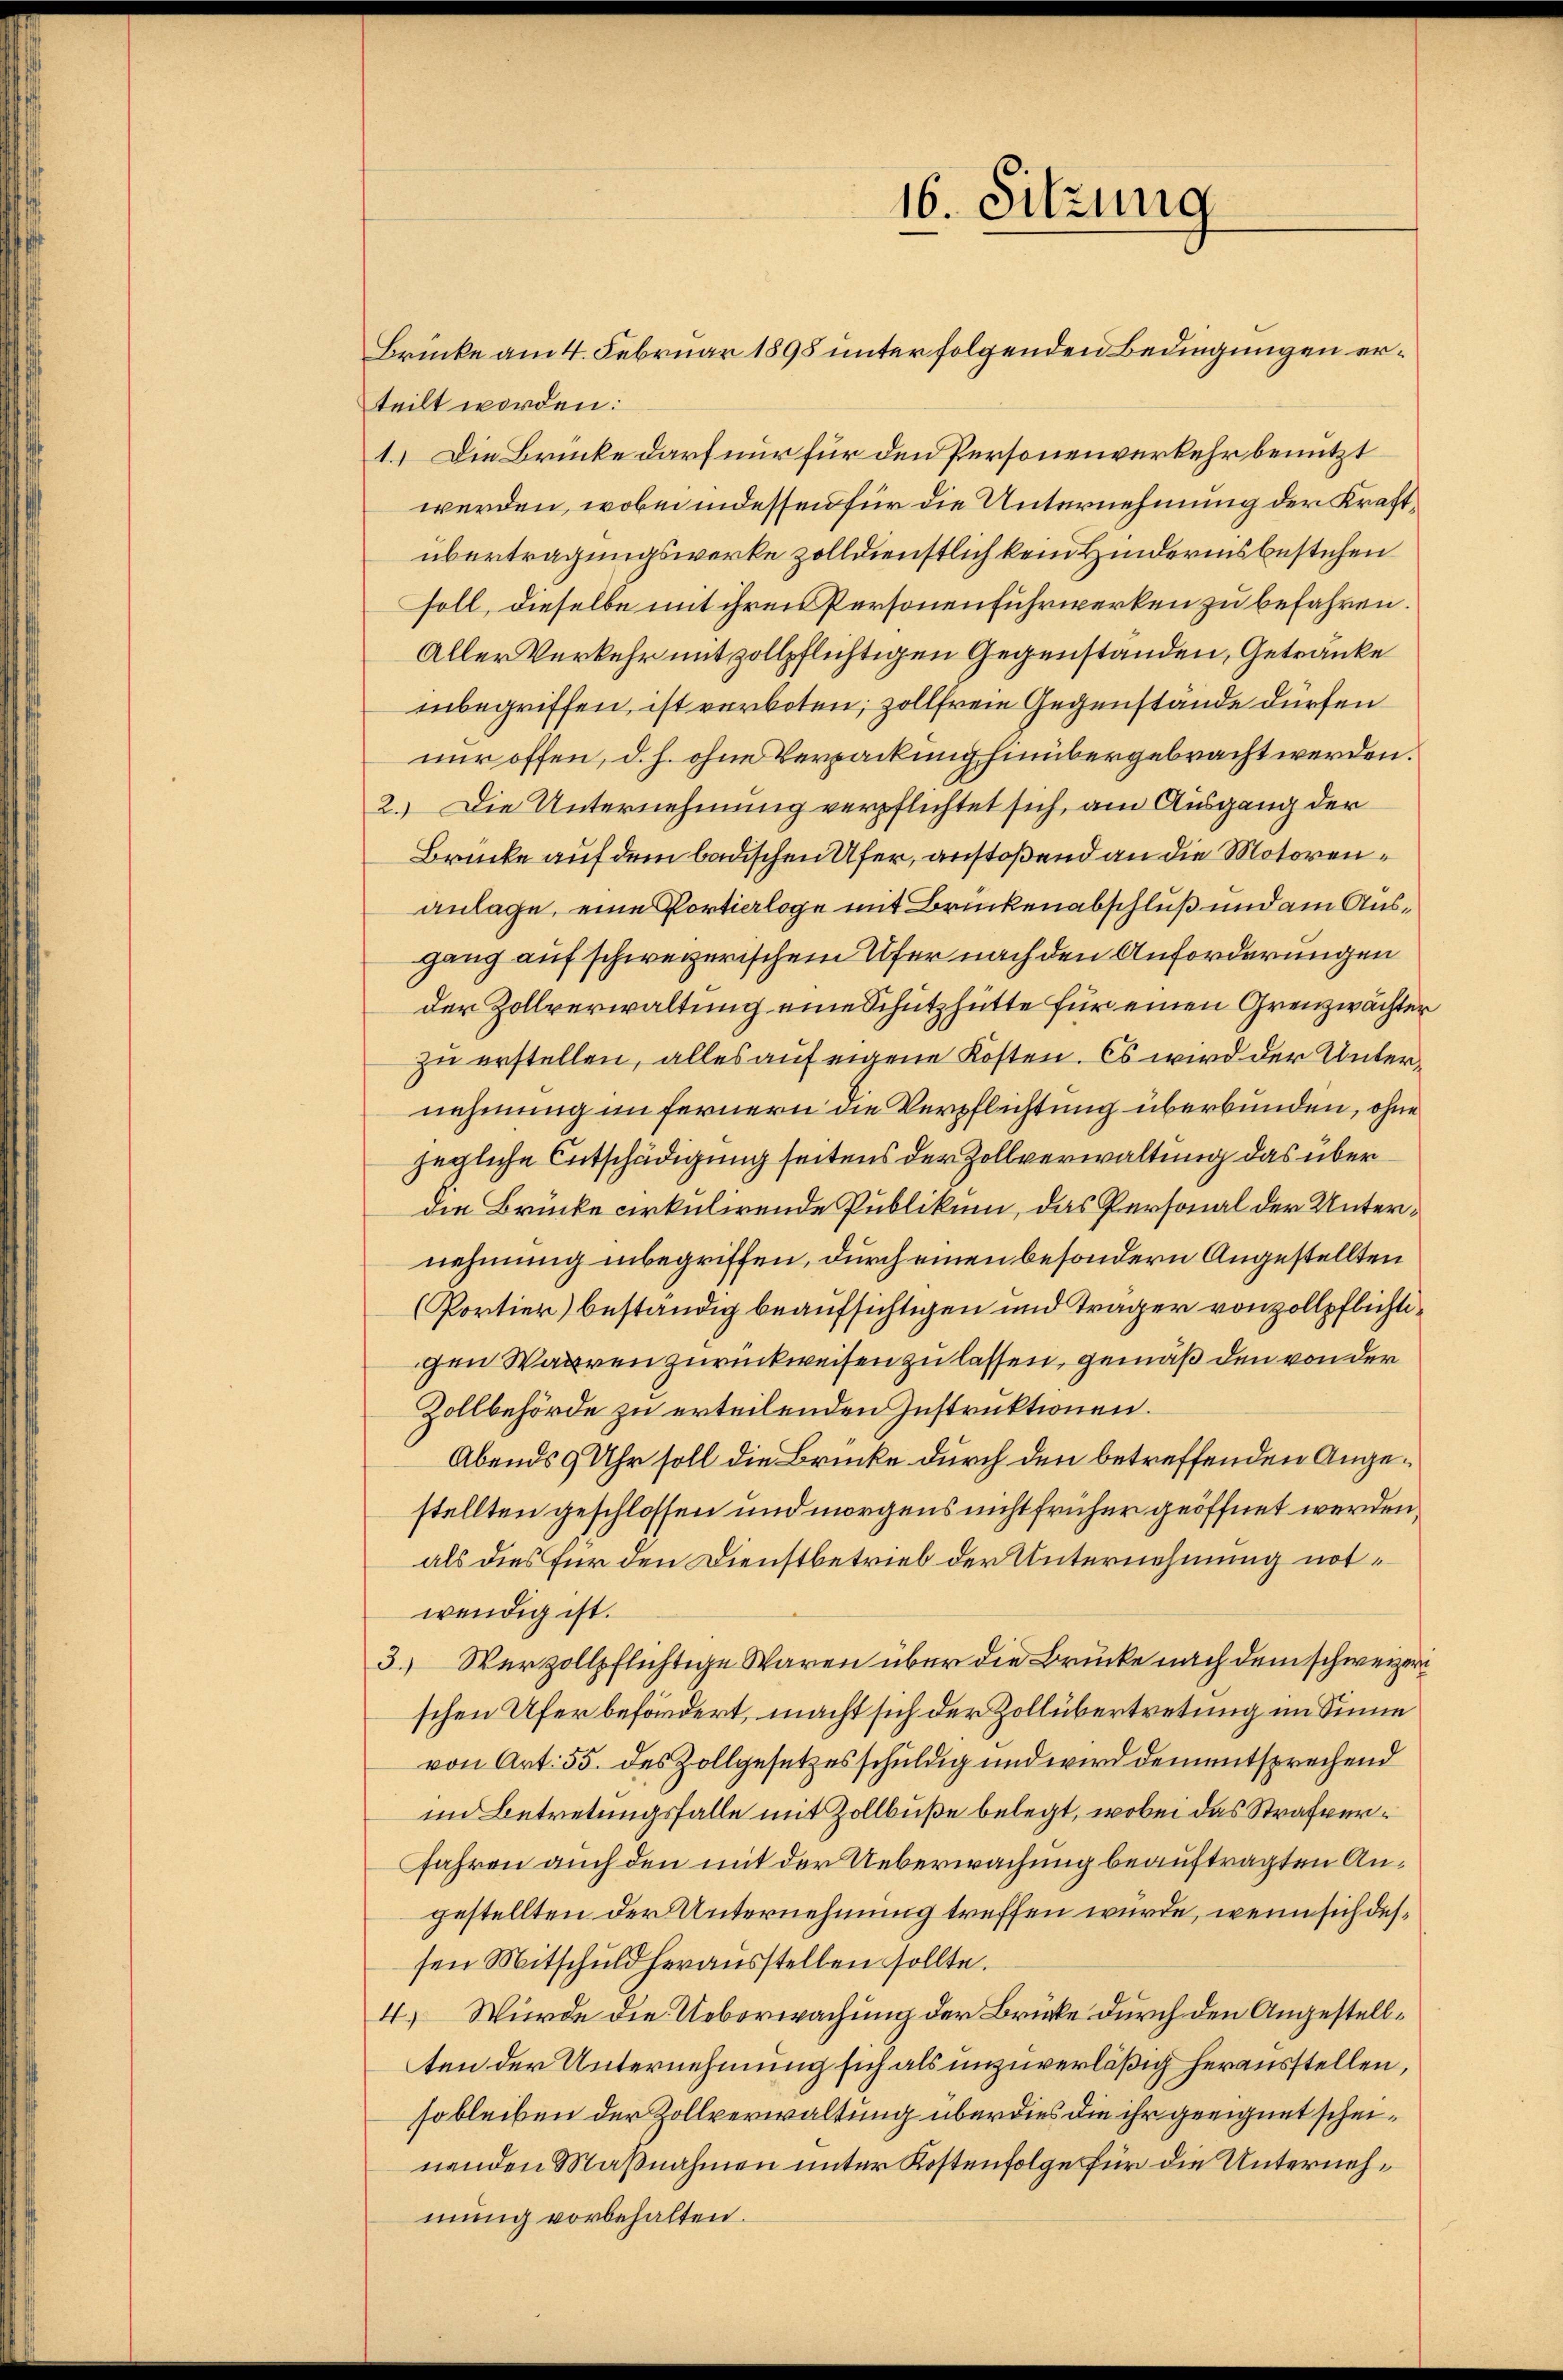
16. Sitzung

Brücke am 4. Februar 1898 unter folgenden Bedingungen erteilt worden:
1.) Die Brücke darf nur für den Personenverkehr benutzt
werden, wobei indessen für die Unternehmung der Kraftübertragungswerke zolldienstlich kein Hinderinsbestehen
soll, dieselbe mit ihren Personen Fuhrwerken zu befahren.
Aller Verkehr mit zollpflichtigen Gegenstanden, Getränke
inbegriffen, ist verboten, zollfreie Gegenstande dürfen
nur offen, d. h. ohne Verpackung hinübergebracht werden.
2.) Die Unternehmung verpflichtet sich, am Ausgang der
Brücke auf dem badischen Ufer, anstoßend an die Motorenanlage, eine Portialoge mit Brückenabschluß und am Ausgang auf schweizerischem Ufer nach den Anforderungen
der Zollverwaltung eine Schutzhütte für einen Grenzwächter
zu erstellen, alles auf eigene Kosten. Es wird der Unternehmung in fernern die Verpflichtung überbunden, ohne
jegliche Entschädigung seitens der Zollverwaltung das über
die Brücke cirkulirende Publikum, das Personal der Unternehmung inbegriffen, durch einen besondern Angestellten
(Portier) beständig beaufsichtigen und träger von zollpflichtigen Waaren zurückweisen zu lassen, gemäß den von der
Zollbehörde zu erteilenden Instruktionen.
Abends 9 Uhr soll die Brücke durch den betreffenden Angestellten geschlossen und morgens nicht früher geöffnet werden,
als dies für den Dienstbetrieb der Unternehmung notwendig ist.
3.) Verzollpflichtige Waren über die Brücke nach dem schweizeri
schen Ufer befördert, macht sich der Zollübertretung im Sinne
von Art. 55. des Zollgesetzesschuldig und wird dementsprechend
im Betretungsfalle mit Zollbuße belegt, wobei das Strafver¬
Jahren auch den mit der Ueberwachung beauftragten Angestellten der Unternehmung treffen wurde, wenn sich dessen Mitschuld herausstellen sollte.
4.) Würde die Ueberwachung der Brücke durch den Angestellten der Unternehmung sich als unzuverläßig herausstellen,
so bleiben der Zollverwaltung überdies die ihr geeignet scheinenden Maßnahmen unter Kostenfolge für die Unternehmung vorbehalten.